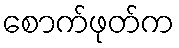
စောက်ဖုတ်က